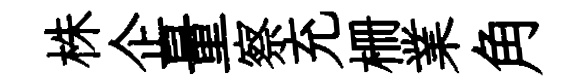
株企量察充栅業角